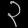
Digit: ၃